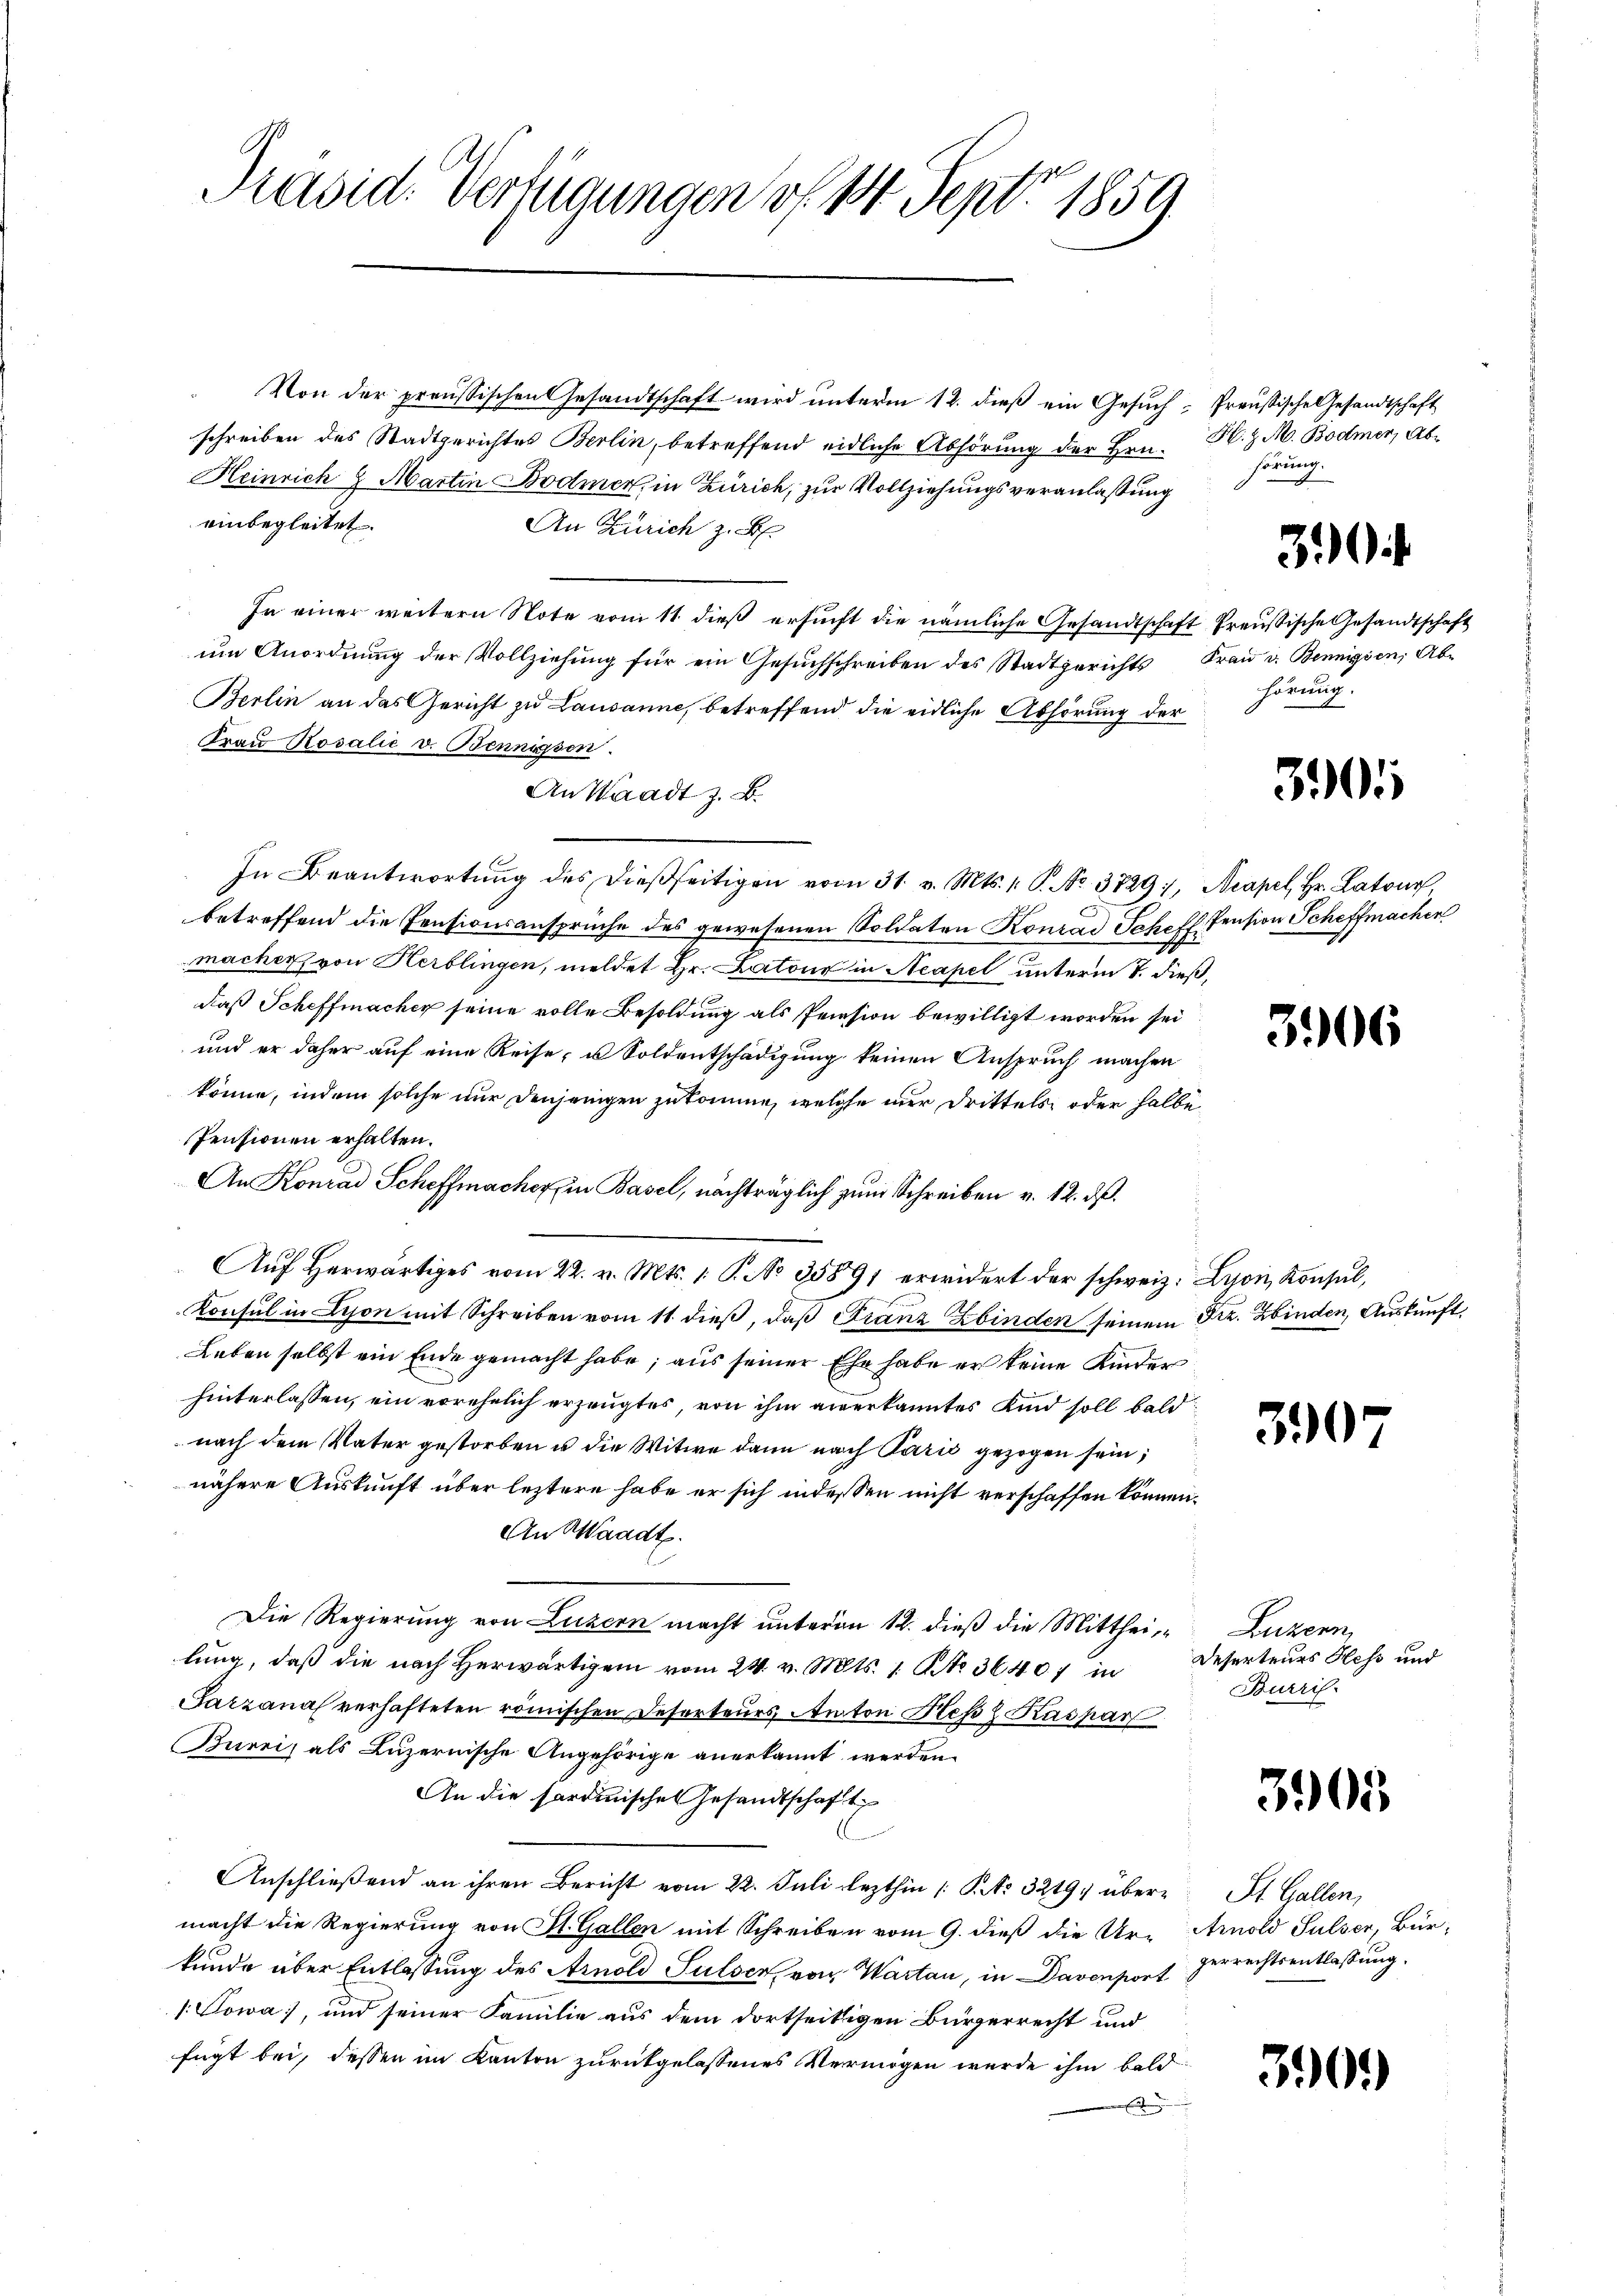
Präsid. Verfügungen v. 14. Sept. 1859.

Von der preussischen Gesandtschaft wird unterm 12. dieß ein Gesuch
schreiben des Stadtgerichtes Berlin, betreffend eidliche Abhörung der Hrn.
Heinrich 8 Martin Bodmer, in Zürich, zur Vollziehungsveranlassung
einbegleitet.
An Zürich z. B.
In einer weitern Note vom 11. dieß ersucht die nämliche Gesandtschaft Preußische Gesandtschaft
um Anordnung der Vollziehung für ein Gesuchschreiben des Stadtgerichts
Berlin an das Gericht zu Lausanne, betreffend die eidliche Abhörung der
Frau Rosalie v. Bennissen.
An Waadt z. B.
In Beantwortŭng des dießseitigen vom 31. v. Mts. 1. P. No. 3729,
betreffend die Pensionsansprüche des gewesenen Soldaten Konrad Jehoff Pension Scheffmachen
macher, von Herblingen, meldet Hr. Latour in Neapel unterm 7. di
daß Scheffmacher seine volle Besoldung als Priesion bewilligt worden sei
und er daher auf eine Reise, u Soldentschädigung keinen Anspruch machen
könne, indem solche nur denjenigen zukomme, welche nur drittels oder halbe
Pensionen erhalten.
An Konrad Scheffmacher in Basel, nachträglich zum Schreiben v. 12. ds.
2
Auf herwärtiges vom 22. v. Mts. 1. P. No 35891 erwidert der schweiz.
Konsul in Lison mit Schreiben vom 11 dieß, daß Franz Ebinden seinem
Leben selbst ein Ende gemacht habe; aus seiner Ehe habe er keine Kinder
hinterlassen, ein vorehelich erzeugtes, von ihm anerkanntes Kind soll bald
nach dem Vater gestorben u die Witwe dann nach Paris gezogen sein;
nähere Auskunft über leztere habe er sich indessen nicht verschaffen könne.
An Waadt.
Die Regierung von Luzern macht unterm 12. dieß die Mitthei- Luzern,
lung, daß die nach Herwärtigen vom 24. v. Mts. 1. No. 36407 in
Tarzana verhafteten römischen Deserteurs Anton Heß Kaspar
Burri, als Luzernische Angehörige anerkannt werden.
An die Pardinisches Gesandtschaft
Anschließend an ihren Bericht vom 22. Juli lezthin 1 S. Nr. 3219, über St. Gallen,
macht die Regierung von St. Gallen mit Schreiben vom 9. dieß die Ur-
kunde über Entlassung des Arnold Sulser von Warten, in Davenport
1. Sowa, und seiner Familie aus dem dortseitigen Bürgerrecht und
fügt bei, dessen im Kanton zurückgelassenes Vermögen wurde ihm bald
E

Preußische Gesandtschaft
H. Z. M. Bodmer, Abhörung.

Frau v. Bennigsen, Abe
hörung.

3906

Lyon, Konsul,
Frz. Kinden, Auskunft.

390

3

3905

Acapel, Hr. Latour
is

Deserteurs Hess und
Burris

3905

Arnold Sulzer, Bür
gerrechtsentlassung.

3901)